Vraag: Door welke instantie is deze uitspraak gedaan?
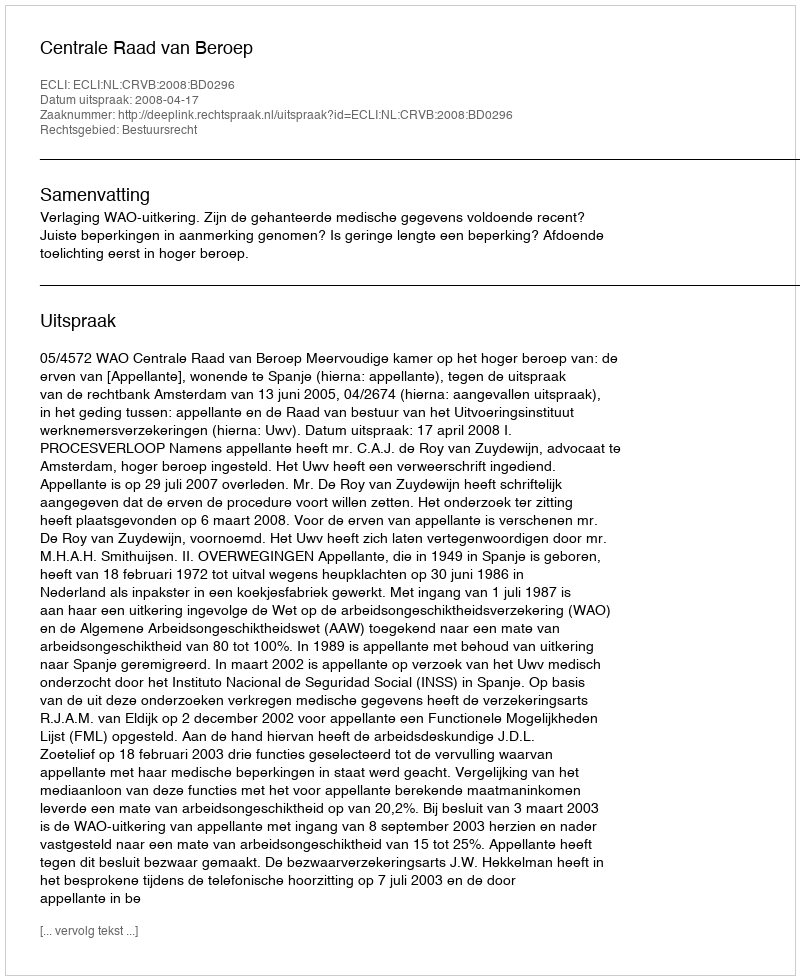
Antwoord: Centrale Raad van Beroep